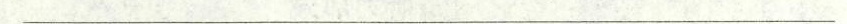
___